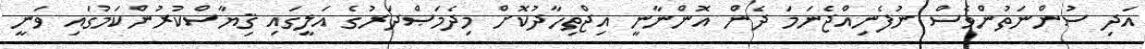
އަދި ސުންނަތުންވެސް ނުފެނިއްޖެނަމަ ދެން އޮންނާނީ އިޖްތިހާދުކޮށް މިދެމަޞްދަރުގެ އަލީގައި ޤިޔާސްކުރުންކަމުގައި ވަނީ